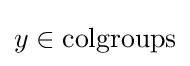
y\in {\text{colgroups}}